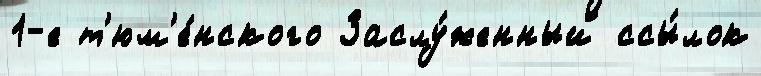
1-е т'юм'е́нского Заслу́женный ссы́лок